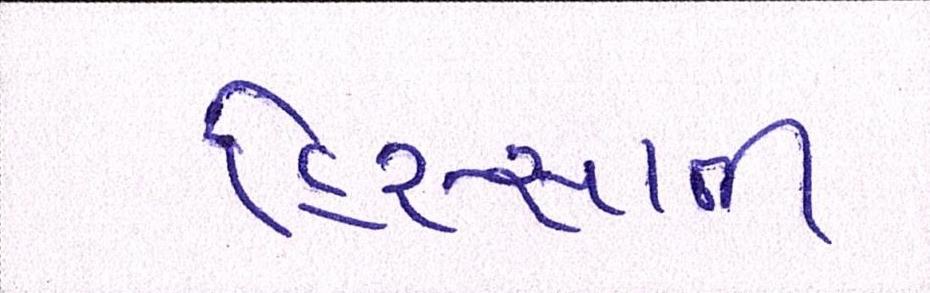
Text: હિસ્સાની